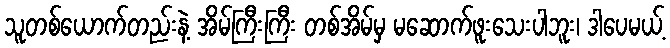
သူတစ်ယောက်တည်းနဲ့ အိမ်ကြီးကြီး တစ်အိမ်မှ မဆောက်ဖူးသေးပါဘူး၊ ဒါပေမယ့်